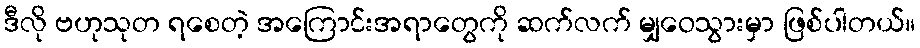
ဒီလို ဗဟုသုတ ရစေတဲ့ အကြောင်းအရာတွေကို ဆက်လက် မျှဝေသွားမှာ ဖြစ်ပါတယ်။